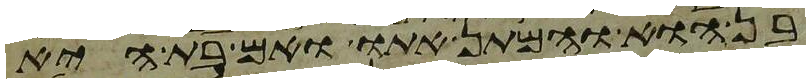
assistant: בן הוא והמתן אתו ואם בת היא